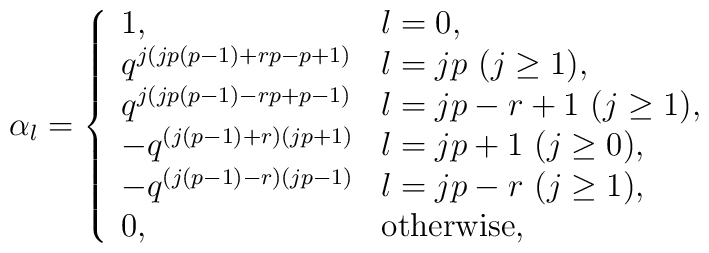
\alpha_l = \left\{\begin{array}{ll}1, & l=0, \\q^{j(jp(p-1)+rp-p+1)}& l=jp ~(j \geq 1), \\q^{j(jp(p-1)-rp+p-1)}& l=jp-r+1 ~(j \geq 1), \\-q^{(j(p-1)+r)(jp+1)}& l=jp +1 ~(j \geq 0), \\-q^{(j(p-1)-r)(jp-1)}& l=jp-r ~(j\geq 1), \\0, & \mbox{otherwise},\end{array} \right.